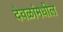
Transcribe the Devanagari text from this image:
देवळांमधील